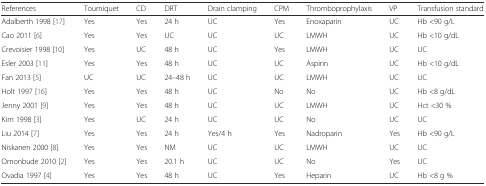
<table><thead><tr><td><b>References</b></td><td><b>Tourniquet</b></td><td><b>CD</b></td><td><b>DRT</b></td><td><b>Drain clamping</b></td><td><b>CPM</b></td><td><b>Thromboprophylaxis</b></td><td><b>VP</b></td><td><b>Transfusion standard</b></td></tr></thead><tbody><tr><td>Adalberth 1998 [17]</td><td>Yes</td><td>Yes</td><td>24 h</td><td>UC</td><td>Yes</td><td>Enoxaparin</td><td>UC</td><td>Hb &lt;90 g/L</td></tr><tr><td>Cao 2011 [6] </td><td>Yes</td><td>Yes</td><td>UC</td><td>UC</td><td>UC</td><td>LMWH</td><td>UC</td><td>Hb &lt;10 g/dL</td></tr><tr><td>Crevoisier 1998 [10]</td><td>Yes</td><td>UC</td><td>48 h</td><td>UC</td><td>Yes</td><td>LMWH</td><td>UC</td><td>UC</td></tr><tr><td>Esler 2003 [11]</td><td>Yes</td><td>Yes</td><td>48 h</td><td>UC</td><td>UC</td><td>Aspirin</td><td>UC</td><td>Hb &lt;10 g/dL</td></tr><tr><td>Fan 2013 [5]</td><td>UC</td><td>UC</td><td>24–48 h</td><td>UC</td><td>UC</td><td>LMWH</td><td>UC</td><td>UC</td></tr><tr><td>Holt 1997 [16]</td><td>Yes</td><td>Yes</td><td>48 h</td><td>UC</td><td>No</td><td>No</td><td>UC</td><td>Hb &lt;8 g/dL</td></tr><tr><td>Jenny 2001 [9]</td><td>Yes</td><td>Yes</td><td>48 h</td><td>UC</td><td>UC</td><td>LMWH</td><td>UC</td><td>Hct &lt;30 %</td></tr><tr><td>Kim 1998 [3]</td><td>Yes</td><td>UC</td><td>24 h</td><td>UC</td><td>UC</td><td>No</td><td>UC</td><td>UC</td></tr><tr><td>Liu 2014 [7]</td><td>Yes</td><td>Yes</td><td>24 h</td><td>Yes/4 h</td><td>Yes</td><td>Nadroparin</td><td>Yes</td><td>Hb &lt;90 g/L</td></tr><tr><td>Niskanen 2000 [8]</td><td>Yes</td><td>Yes</td><td>NM</td><td>UC</td><td>UC</td><td>LMWH</td><td>UC</td><td>UC</td></tr><tr><td>Omonbude 2010 [2]</td><td>Yes</td><td>Yes</td><td>20.1 h</td><td>UC</td><td>UC</td><td>No</td><td>Yes</td><td>UC</td></tr><tr><td>Ovadia 1997 [4]</td><td>Yes</td><td>Yes</td><td>48 h</td><td>UC</td><td>Yes</td><td>Heparin</td><td>UC</td><td>Hb &lt;8 g %</td></tr></tbody></table>